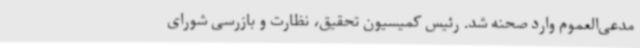
مدعی‌العموم وارد صحنه شد. رئیس کمیسیون تحقیق، نظارت و بازرسی شورای